Report on the bubonic plague in Bombay, 1896-1897
Year: 1896
Disease focus: Plague
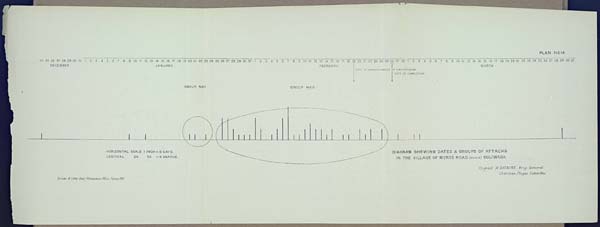
PLAN No. 14
HORIZONTAL SCALE 1 INCH = 5 DAYS.
VERTICAL Do. Do. = 5 DEATHS.
DIAGRAM SHEWING DATES & GROUPS OF ATTACKS
IN THE VILLAGE OF MOREE ROAD (MAHIM) COLIWADA
Drawn & Litho: Govt. Photozinco: Office, Poona 1897.
(Signed) W. GATACRE, Brig. General.
Chairman, Plague Committee.